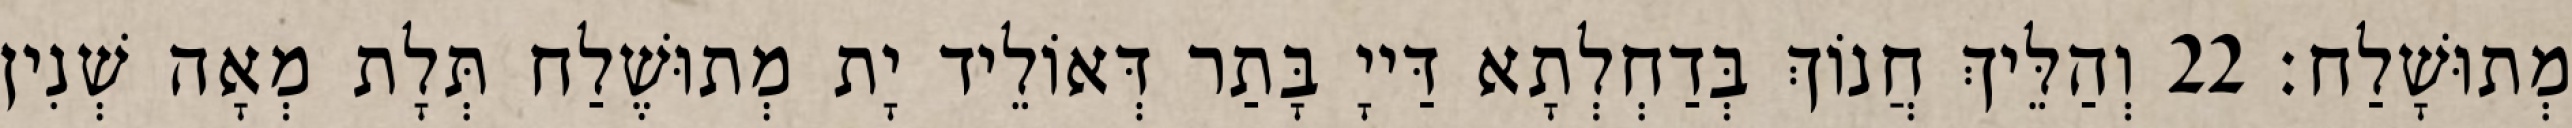
מְתוּשָׁלַח׃ 22 וְהַלֵּיךְ חֲנוֹךְ בְּדַחְלְתָא דַּייָ בָּתַר דְּאוֹלֵיד יָת מְתוּשֶׁלַח תְּלָת מְאָה שְׁנִין